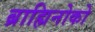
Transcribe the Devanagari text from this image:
ब्राह्मिनोको